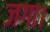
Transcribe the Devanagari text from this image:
जगा।